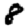
Digit: 8